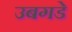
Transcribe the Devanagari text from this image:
उबगडे